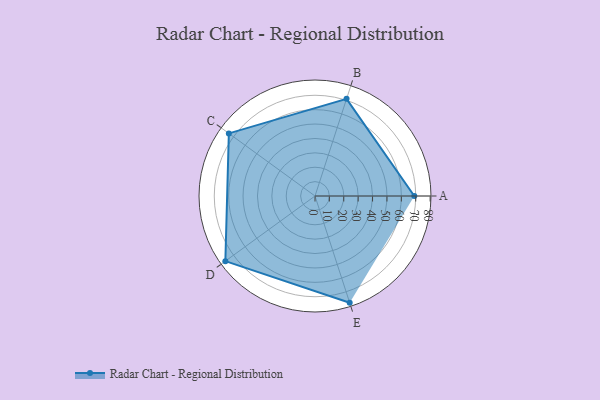
{"axis": {"x": "Skill", "y": "Score"}, "legend": ["Profile"], "data": [{"x": "A", "y": 69.0, "type": "Profile"}, {"x": "B", "y": 71.0, "type": "Profile"}, {"x": "C", "y": 74.0, "type": "Profile"}, {"x": "D", "y": 77.0, "type": "Profile"}, {"x": "E", "y": 78.0, "type": "Profile"}]}